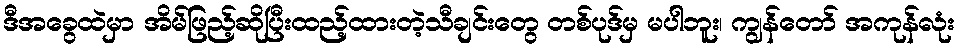
ဒီအခွေထဲမှာ အိမ်ဖြည့်ဆိုပြီးထည့်ထားတဲ့သီချင်းတွေ တစ်ပုဒ်မှ မပါဘူး၊ ကျွန်တော် အကုန်လုံး